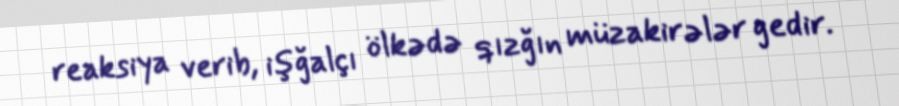
reaksiya verib, işğalçı ölkədə qızğın müzakirələr gedir.